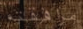
مرافقته